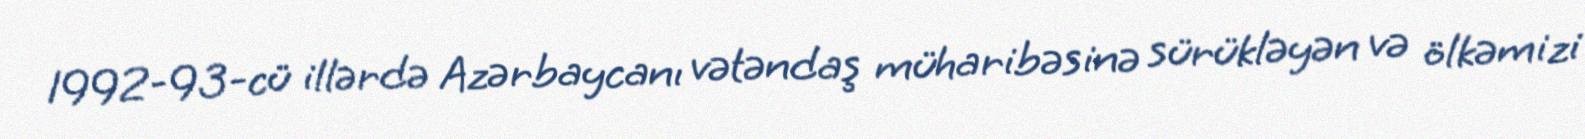
1992-93-cü illərdə Azərbaycanı vətəndaş müharibəsinə sürükləyən və ölkəmizi